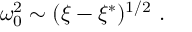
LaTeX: \omega _ { 0 } ^ { 2 } \sim ( \xi - \xi ^ { * } ) ^ { 1 / 2 } \ .